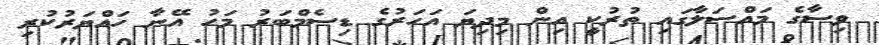
ވިސާގެ މައްސަލާގައި ތުރުކީ އިން މިދިޔަ އަހަރުގެ ޑިސެމްބަރު މަހު އޭނާ ހައްޔަރުކުރި